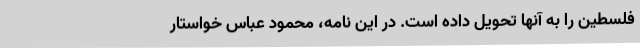
فلسطین را به آنها تحویل داده است. در این نامه، محمود عباس خواستار